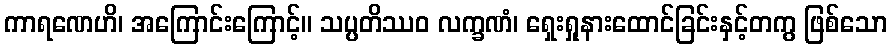
ကာရဏေဟိ၊ အကြောင်းကြောင့်။ သပ္ပတိဿဝ လက္ခဏံ၊ ရှေးရှုနားထောင်ခြင်းနှင့်တကွ ဖြစ်သော